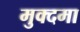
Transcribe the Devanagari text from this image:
मुक्दमा